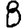
Digit: 8